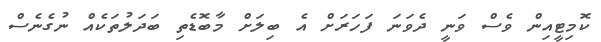
ކޮމިޓީއިން ވެސް ވަނީ ދެވަނަ ފަހަރަށް އެ ބިލަށް މާބޮޑެތި ބަދަލުތަކެއް ނުގެނެސް